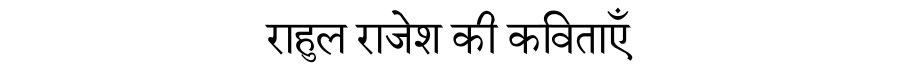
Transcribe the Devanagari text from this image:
राहुल राजेश की कविताएँ